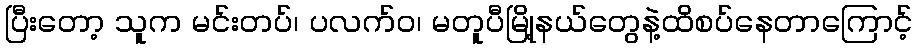
ပြီးတော့ သူက မင်းတပ်၊ ပလက်ဝ၊ မတူပီမြို့နယ်တွေနဲ့ထိစပ်နေတာကြောင့်